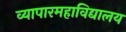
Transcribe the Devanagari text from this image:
व्यापारमहाविद्यालय